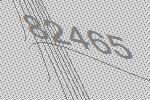
82465